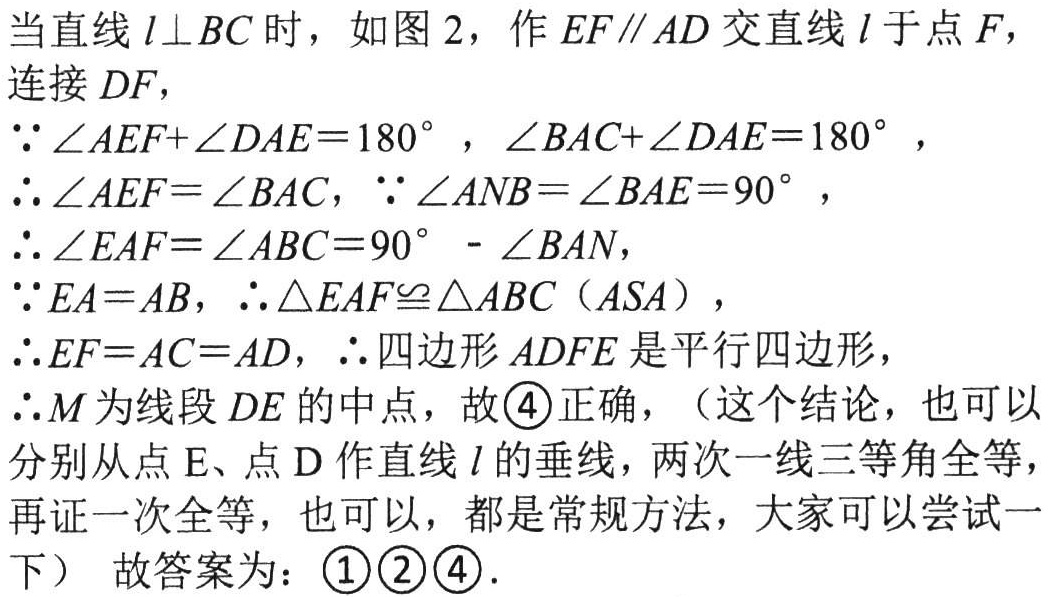
当直线 \(l\perp BC\) 时，如图 2，作 \(EF\parallel AD\) 交直线 \(l\) 于点 \(F\)，连接 \(DF\)，

\(\because \angle AEF + \angle DAE = 180^{\circ}\)，\(\angle BAC+\angle DAE = 180^{\circ}\)，

\(\therefore \angle AEF=\angle BAC\)，\(\because \angle ANB=\angle BAE = 90^{\circ}\)，

\(\therefore \angle EAF=\angle ABC = 90^{\circ}-\angle BAN\)，

\(\because EA = AB\)，\(\therefore \triangle EAF\cong\triangle ABC\)（\(ASA\)），

\(\therefore EF = AC = AD\)，\(\therefore\)四边形 \(ADFE\) 是平行四边形，

\(\therefore M\) 为线段 \(DE\) 的中点，故\textcircled{4}正确，（这个结论，也可以

分别从点 \(E\)、点 \(D\) 作直线 \(l\) 的垂线，两次一线三等角全等，

再证一次全等，也可以，都是常规方法，大家可以尝试一

下） 故答案为：\textcircled{1}\textcircled{2}\textcircled{4}.\)